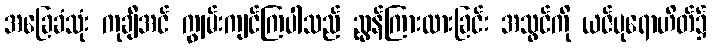
အခြေခံသုံး ကုချီအင် ကျွမ်းကျင်ကြပါသည် ညွန်ကြားထားခြင်း အသွင်ကို ယဇ်ပုရောဟိတ်၌